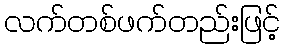
လက်တစ်ဖက်တည်းဖြင့်